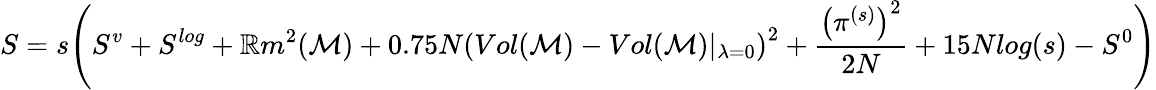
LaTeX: S=s\Bigg(S^{v}+S^{log}+\mathbb{R}m^{2}(\mathcal{{M}})+0.75N\left(Vol(\mathcal{{M}})-Vol(\mathcal{{M}})\vert_{\lambda=0}\right)^{2}+\frac{{\left(\pi^{(s)}\right)^{2}}}{{2N}}+15Nlog(s)-S^{0}\Bigg)